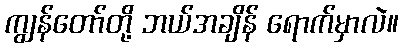
ကျွန်တော်တို့ ဘယ်အချိန် ရောက်မှာလဲ။